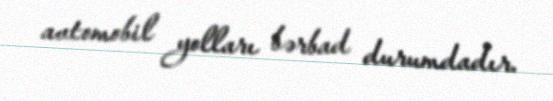
avtomobil yolları bərbad durumdadır.